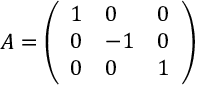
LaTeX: A = \left( \begin{array} { l l l } { { 1 } } & { { 0 } } & { { 0 } } \\ { { 0 } } & { { - 1 } } & { { 0 } } \\ { { 0 } } & { { 0 } } & { { 1 } } \end{array} \right)